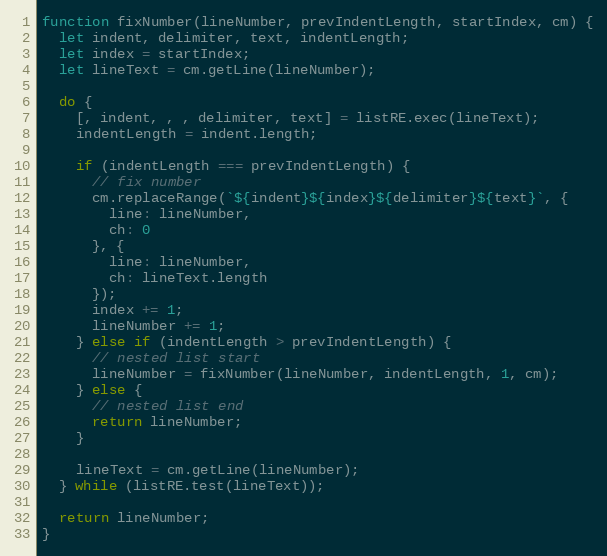
Language: JavaScript
function fixNumber(lineNumber, prevIndentLength, startIndex, cm) {
  let indent, delimiter, text, indentLength;
  let index = startIndex;
  let lineText = cm.getLine(lineNumber);

  do {
    [, indent, , , delimiter, text] = listRE.exec(lineText);
    indentLength = indent.length;

    if (indentLength === prevIndentLength) {
      // fix number
      cm.replaceRange(`${indent}${index}${delimiter}${text}`, {
        line: lineNumber,
        ch: 0
      }, {
        line: lineNumber,
        ch: lineText.length
      });
      index += 1;
      lineNumber += 1;
    } else if (indentLength > prevIndentLength) {
      // nested list start
      lineNumber = fixNumber(lineNumber, indentLength, 1, cm);
    } else {
      // nested list end
      return lineNumber;
    }

    lineText = cm.getLine(lineNumber);
  } while (listRE.test(lineText));

  return lineNumber;
}